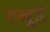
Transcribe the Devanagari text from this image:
राखुंडे